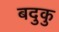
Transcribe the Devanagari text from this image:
बदुकु